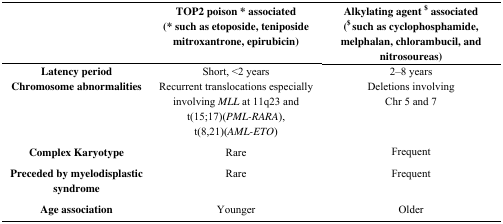
<table><thead><tr><td></td><td><b>TOP2 poison * associated(* such as etoposide, teniposide mitroxantrone, epirubicin)</b></td><td><b>Alkylating agent <sup>$</sup> associated(<sup>$</sup> such as cyclophosphamide, melphalan, chlorambucil, and nitrosoureas)</b></td></tr></thead><tbody><tr><td><b>Latency period</b></td><td>Short, &lt;2 years</td><td>2–8 years</td></tr><tr><td><b>Chromosome abnormalities</b></td><td>Recurrent translocations especially involving<i>MLL</i> at 11q23 and t(15;17)(<i>PML-RARA</i>), t(8,21)(<i>AML-ETO</i>)</td><td>Deletions involving Chr 5 and 7</td></tr><tr><td><b>Complex Karyotype</b></td><td>Rare</td><td>Frequent</td></tr><tr><td><b>Preceded by myelodisplastic syndrome</b></td><td>Rare</td><td>Frequent</td></tr><tr><td><b>Age association</b></td><td>Younger</td><td>Older</td></tr></tbody></table>